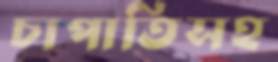
চাপাতিসহ